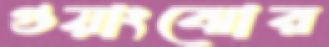
গুয়াংঝোর